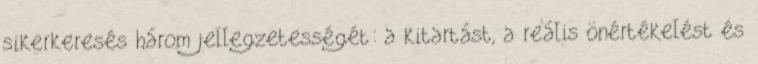
sikerkeresés három jellegzetességét: a kitartást, a reális önértékelést és